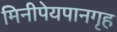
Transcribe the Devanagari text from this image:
मिनीपेयपानगृह